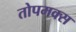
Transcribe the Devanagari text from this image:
तोपमक्स